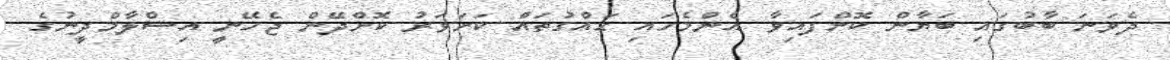
ދެވަނަ ބާބުގައި ބަޔާން ކޮށްފައިވާ އެންމެހައި ޙައްގުތައް ކަށަވަރު ކޮށްދޭން ޖެހޭނީ އިސްލާމްދީނުގެ